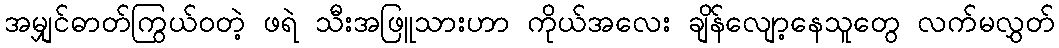
အမျှင်ဓာတ်ကြွယ်ဝတဲ့ ဖရဲ သီးအဖြူသားဟာ ကိုယ်အလေး ချိန်လျော့နေသူတွေ လက်မလွှတ်